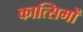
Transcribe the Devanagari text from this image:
कात्सिमों